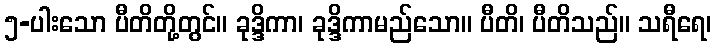
၅-ပါးသော ပီတိတို့တွင်။ ခုဒ္ဒိကာ၊ ခုဒ္ဒိကာမည်သော။ ပီတိ၊ ပီတိသည်။ သရီရေ၊